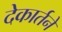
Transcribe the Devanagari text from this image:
देकार्तने